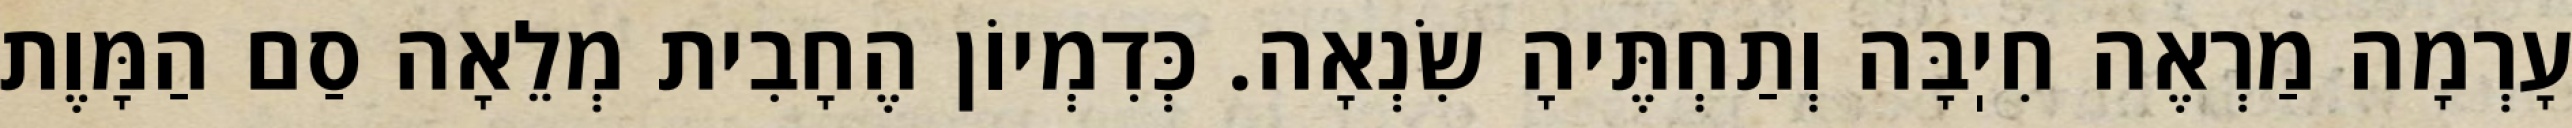
עָרְמָה מַרְאֶה חִיֽבָּה וְתַחְתֶּיהָ שִׂנְאָה. כְּדִמְיוֹן הֶחָבִית מְלֵאָה סַם הַמָּוֶת